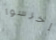
إخرسوا